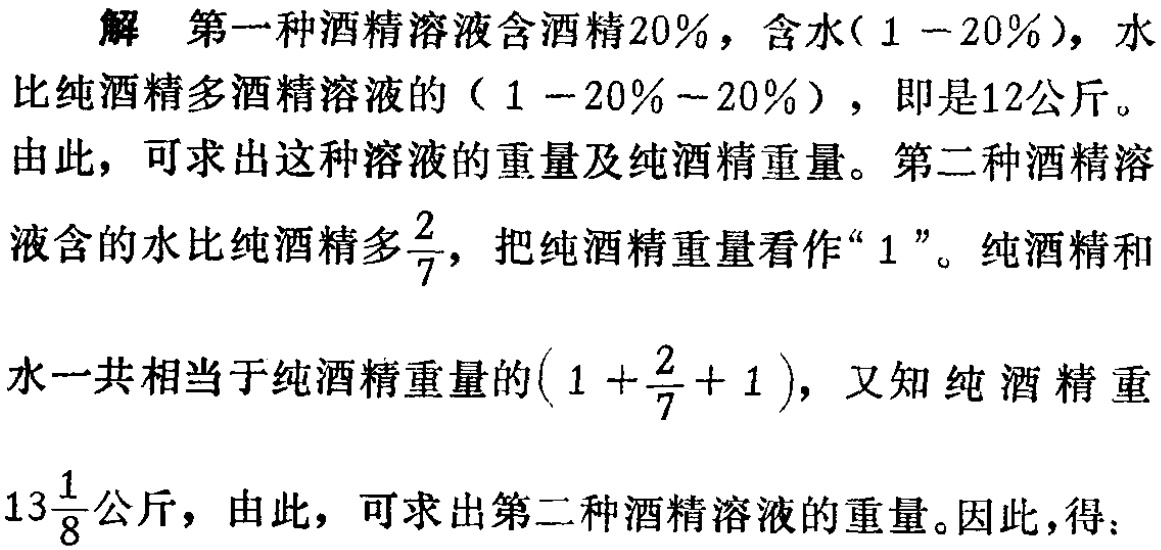
解 第一种酒精溶液含酒精\(20\%\)，含水\((1 - 20\%)\)，水比纯酒精多酒精溶液的\((1 - 20\% - 20\%)\)，即是\(12\)公斤。由此，可求出这种溶液的重量及纯酒精重量。第二种酒精溶液含的水比纯酒精多\(\frac{2}{7}\)，把纯酒精重量看作“\(1\)”。纯酒精和水一共相当于纯酒精重量的\((1 + \frac{2}{7} + 1)\)，又知纯酒精重\(13\frac{1}{8}\)公斤，由此，可求出第二种酒精溶液的重量。因此，得：